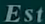
Est